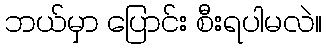
ဘယ်မှာ ပြောင်း စီးရပါမလဲ။